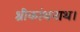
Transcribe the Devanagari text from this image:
श्रीकांथनाथ।